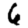
Digit: 6